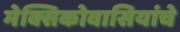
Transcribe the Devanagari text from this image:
मेक्सिकोवासियांचे